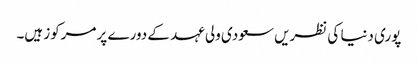
پوری دنیا کی نظریں سعودی ولی عہد کے دورے پر مرکوز ہیں۔